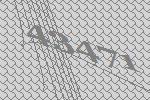
43471